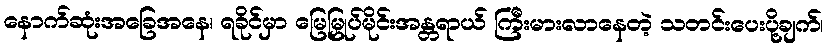
နောက်ဆုံးအခြေအနေ၊ ရခိုင်မှာ မြေမြှုပ်မိုင်းအန္တရာယ် ကြီးမားလာနေတဲ့ သတင်းပေးပို့ချက်၊